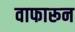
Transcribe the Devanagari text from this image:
वाफारून